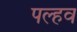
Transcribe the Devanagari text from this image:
पल्हव